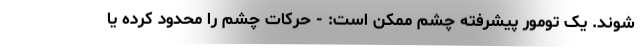
شوند. یک تومور پیشرفته چشم ممکن است: - حرکات چشم را محدود کرده یا